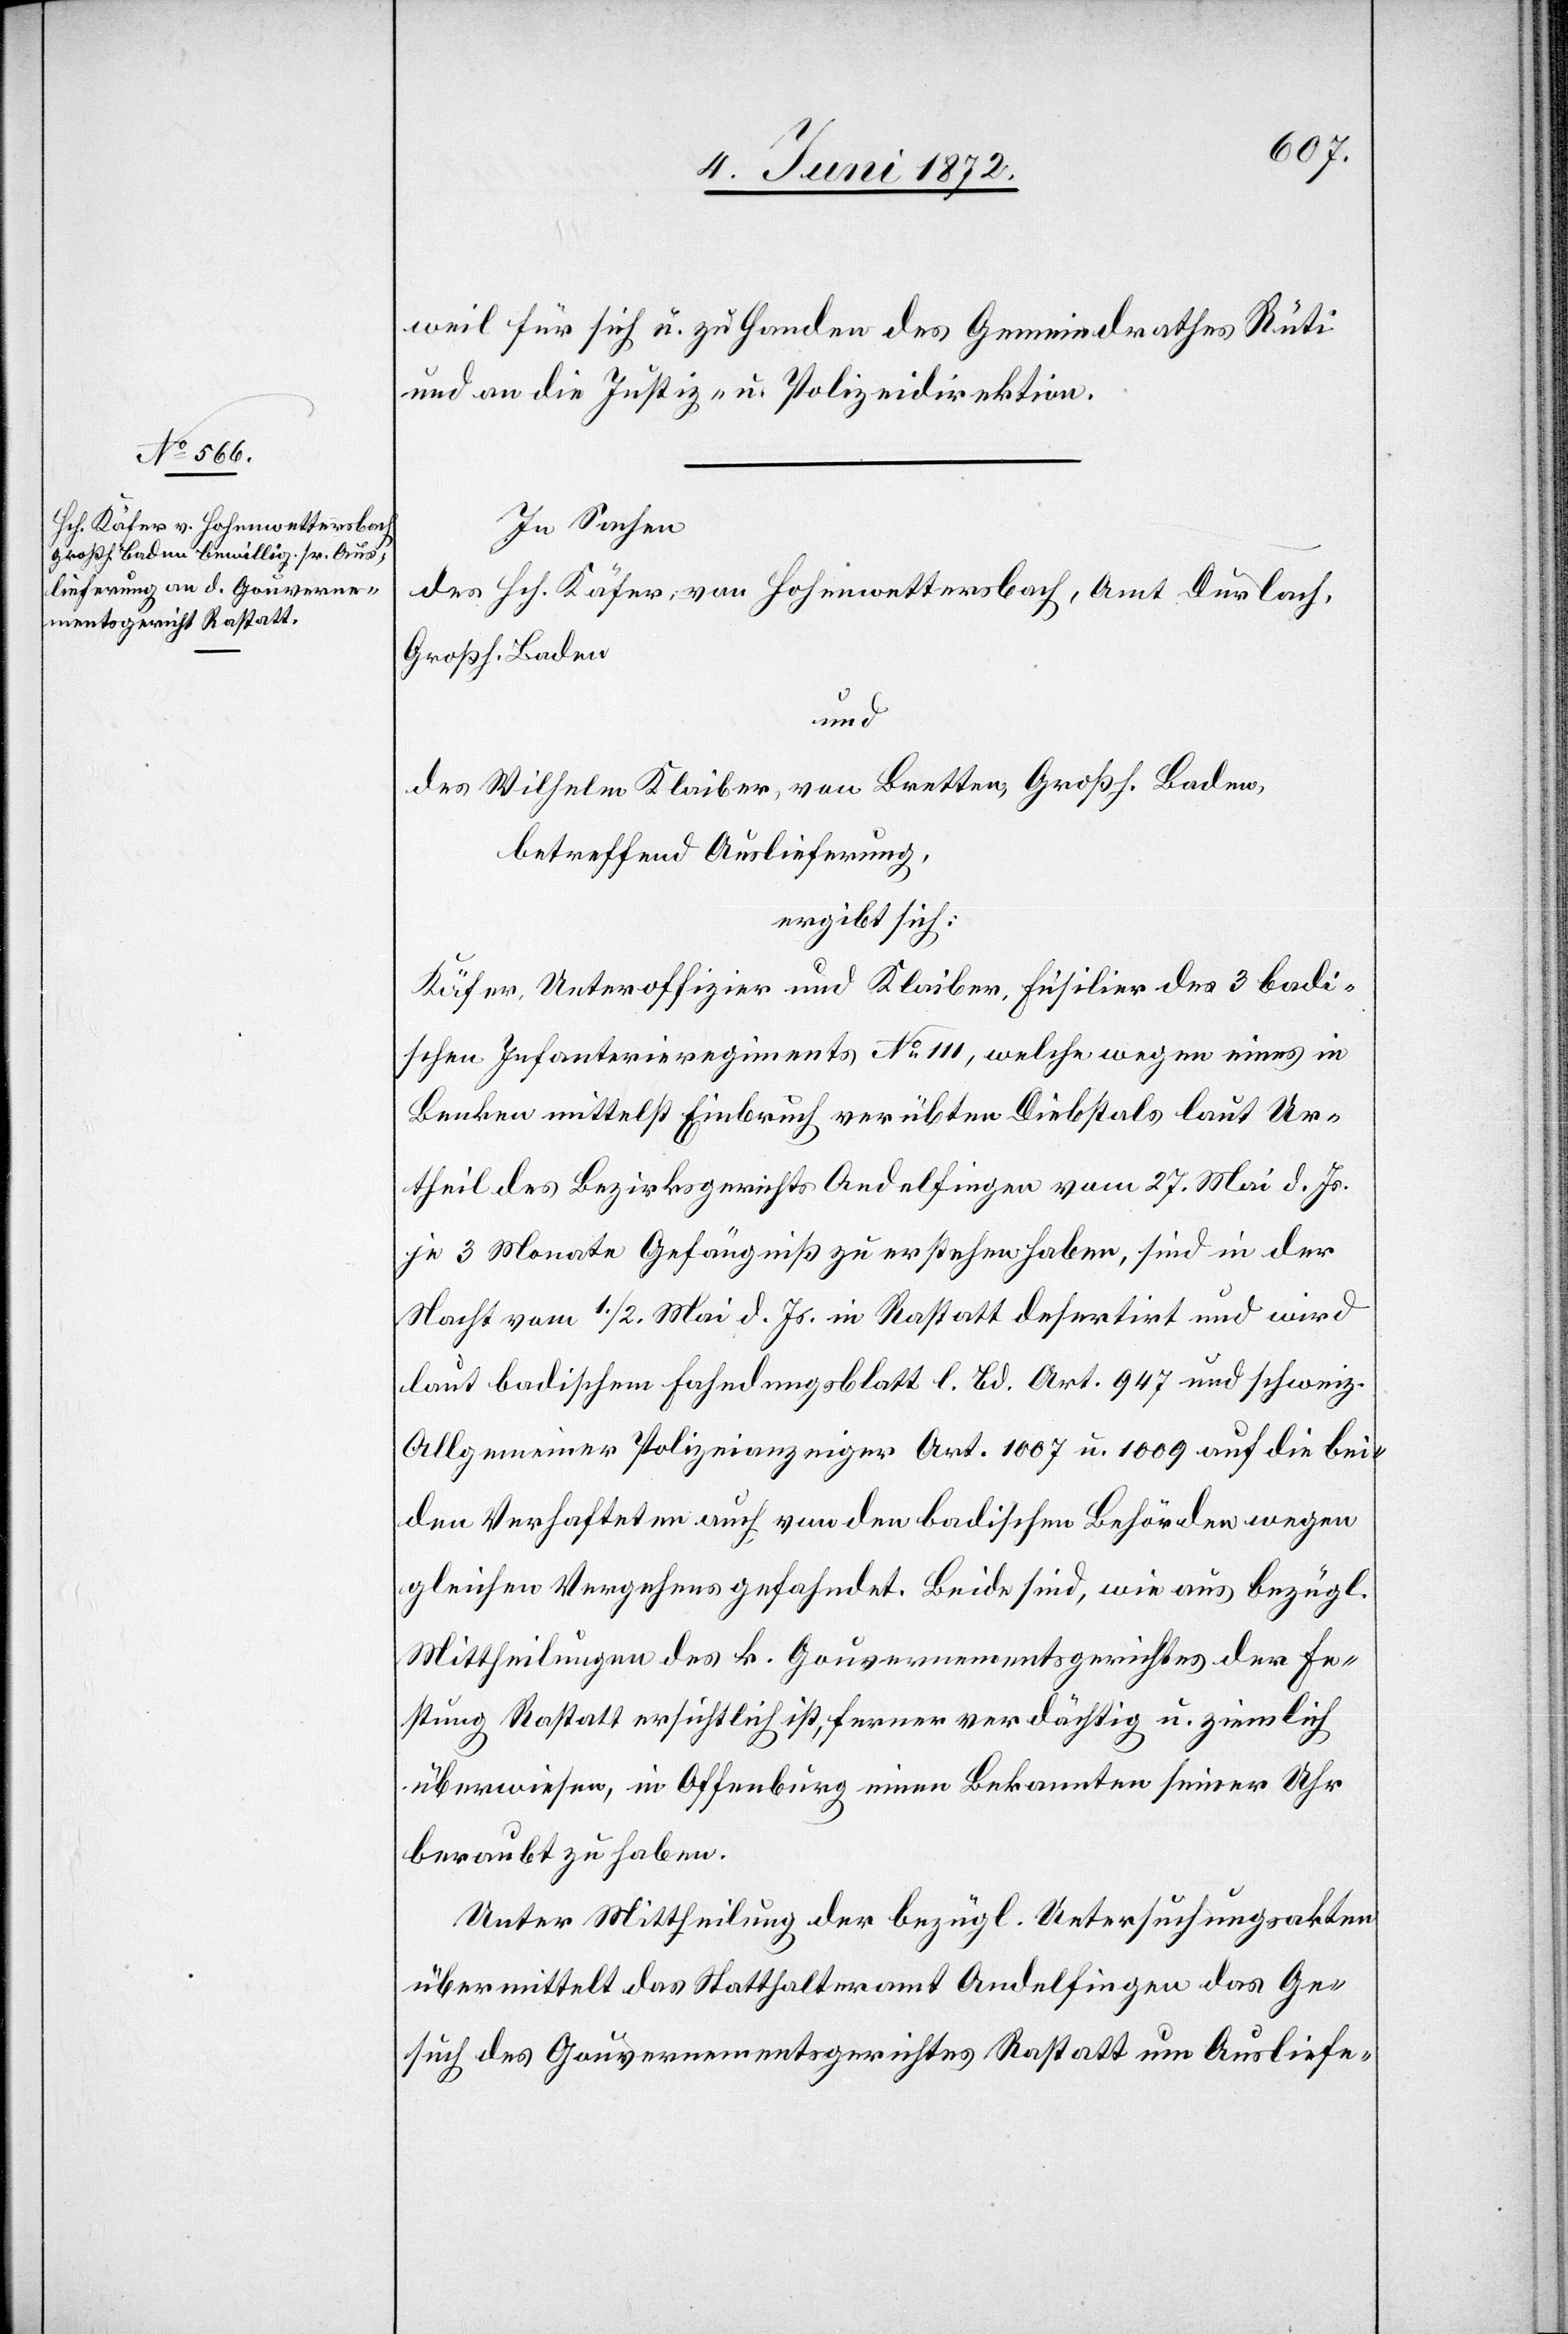
weil für sich u. zu Handen des Gemeindrathes Rüti
und an die Justiz- u. Polizeidirektion.
In Sachen
des Hch. Käfer, von Hohenwettersbach, Amt Durlach,
Großh. Baden
und
des Wilhelm Klaiber, von Bretten, Großh. Baden,
betreffend Auslieferung,
ergibt sich:
Käfer, Unteroffizier und Klaiber, Fusilier des 3 badi¬
schen Infanterieregiments No 111, welche wegen eines in
Benken mittelst Einbruch verübten Diebstals laut Ur¬
theil des Bezirksgerichtes Andelfingen vom 27. Mai d. Js.
je 3 Monate Gefängniß zu erstehen haben, sind in der
Nacht vom 1./2. Mai d. Js. in Rastatt desertirt und wird
laut badischem Fahndungsblatt l. Bd. Art. 947 und schweiz.
Allgemeiner Polizeianzeiger Art. 1007 u. 1009 auf die bei¬
den Verhafteten auch von den badischen Behörden wegen
gleichen Vergehens gefahndet. Beide sind, wie aus bezügl.
Mittheilung des k. Gouvernementsgerichtes der Fe¬
stung Rastatt ersichtlich ist, ferner verdächtig u. ziemlich
überwiesen, in Offenburg einen Bekannten seiner Uhr
beraubt zu haben.
Unter Mittheilung der bezügl. Untersuchungsakten
übermittelt das Statthalteramt Andelfingen das Ge¬
such des Gouvernementsgerichtes Rastatt um Ausliefe-